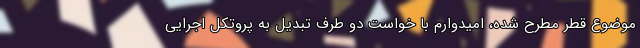
موضوع قطر مطرح شده، امیدوارم با خواست دو طرف تبدیل به پروتکل اجرایی